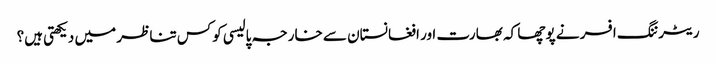
ریٹرننگ افسر نے پوچھا کہ بھارت اور افغانستان سے خارجہ پالیسی کوکس تناظر میں دیکھتی ہیں؟